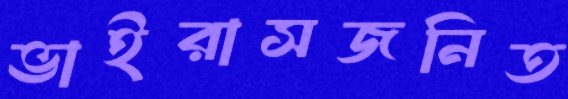
ভাইরাসজনিত